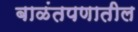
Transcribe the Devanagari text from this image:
बाळंतपणातील